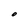
Character: O